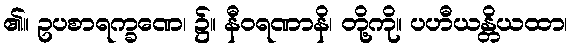
၏။ ဥပစာရက္ခဏေ၊ ၌။ နီဝရဏာနိ၊ တို့ကို။ ပဟီယန္တိယထာ၊